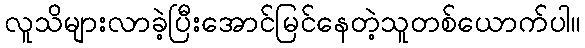
လူသိများလာခဲ့ပြီးအောင်မြင်နေတဲ့သူတစ်ယောက်ပါ။